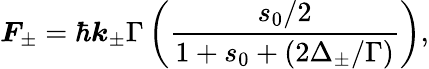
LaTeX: \boldsymbol{F}_{\pm}=\hbar\boldsymbol{k}_{\pm}\Gamma\left(\frac{s_{0}/2}{1+s_{0}+(2\Delta_{\pm}/\Gamma)}\right),